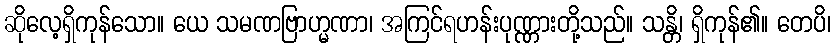
ဆိုလေ့ရှိကုန်သော။ ယေ သမဏဗြာဟ္မဏာ၊ အကြင်ရဟန်းပုဏ္ဏားတို့သည်။ သန္တိ၊ ရှိကုန်၏။ တေပိ၊